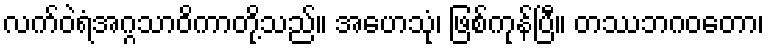
လက်ဝဲရံအဂ္ဂသာဝိကာတို့သည်။ အဟေသုံ၊ ဖြစ်ကုန်ပြီ။ တဿဘဂဝတော၊